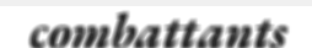
combattants